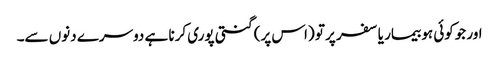
اور جوکوئی ہو بیمار یا سفر پر تو (اس پر) گنتی پوری کرنا ہے دوسرے دنوں سے۔